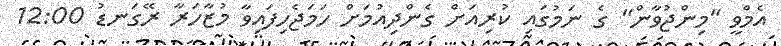
އެމްވީ "މިންޖުވާން" ގެ ނަމުގައި ކުރިއަށް ގެންދިއުމަށް ހަމަޖެހިފައިވާ މުޒާހަރާ ރޭގަނޑު 12:00